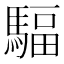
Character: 䮠